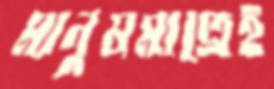
মানুষমাত্রেই